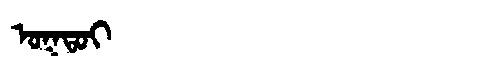
Manchu: ᠣᡴᡨᠣᡳ
Romanization: OKTOI